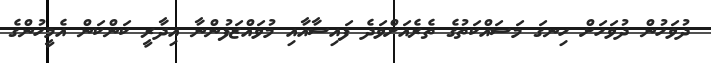
ދުވަހުން ދުވަހަށް ހިނގަ މަސައްކަތުގެ ތެރެއަށްވަދެ ފައިސާއާއި މުވައްޒަފުންނާ އިދާރީ ކަންކަން އެމީހުންގެ